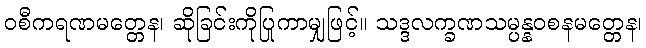
ဝစီကရဏမတ္တေန၊ ဆိုခြင်းကိုပြုကာမျှဖြင့်။ သဒ္ဒလက္ခဏသမ္ပန္နဝစနမတ္တေန၊